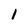
Character: l